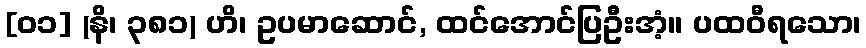
[၀၁] (နိ၊ ၃၈၁) ဟိ၊ ဥပမာဆောင်, ထင်အောင်ပြဦးအံ့။ ပထဝီရသော၊